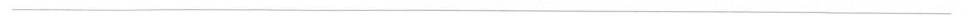
——————